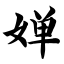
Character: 婵